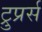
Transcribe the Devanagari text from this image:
ट्रुप्रर्स